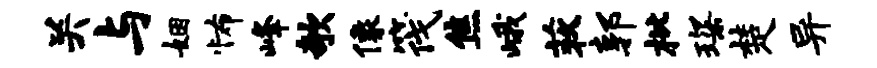
关与姻怖峰欹像筏焦峨荻郭枇琛楚异